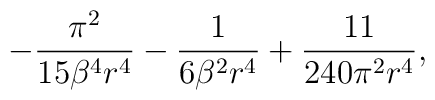
-\frac{\pi^2}{15\beta^4r^4}-\frac{1}{6\beta^2r^4}+\frac{11}{240\pi^2r^4},